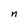
Character: n